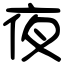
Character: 夜